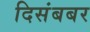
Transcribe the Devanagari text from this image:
दिसंबबर